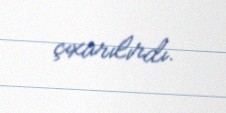
çıxarılırdı.